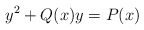
\begin{align*} y^2+Q(x)y=P(x) \end{align*}